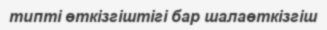
типті өткізгіштігі бар шалаөткізгіш